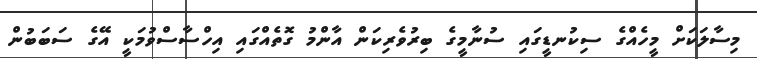
މިސާލަކަށް މީހެއްގެ ސިކުނޑީގައި ސުނާމީގެ ބިރުވެރިކަން އާންމު ގޮތެއްގައި އިހްސާސްވުމަކީ އޭގެ ސަބަބުން